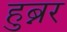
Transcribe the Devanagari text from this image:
हुब्नर